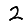
Digit: 2